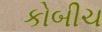
કોબીચ